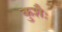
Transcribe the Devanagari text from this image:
कुशैः